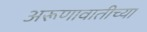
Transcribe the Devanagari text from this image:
अरूणावातीच्या